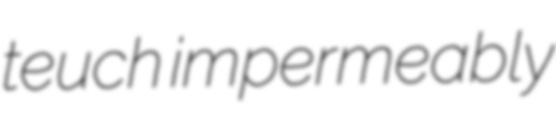
teuch impermeably